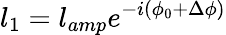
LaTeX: l_{1}=l_{amp}e^{-i\left(\phi_{0}+\Delta\phi\right)}